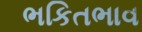
ભકિતભાવ